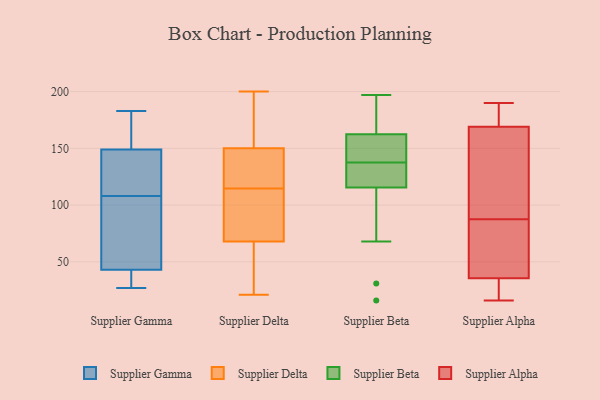
{"axis": {"x": "Waste Production (Tons)", "y": "Value"}, "legend": ["Supplier Alpha", "Supplier Beta", "Supplier Delta", "Supplier Gamma"], "data": [{"x": "", "y": 134, "type": "Supplier Gamma"}, {"x": "", "y": 29, "type": "Supplier Gamma"}, {"x": "", "y": 124, "type": "Supplier Gamma"}, {"x": "", "y": 27, "type": "Supplier Gamma"}, {"x": "", "y": 102, "type": "Supplier Gamma"}, {"x": "", "y": 32, "type": "Supplier Gamma"}, {"x": "", "y": 158, "type": "Supplier Gamma"}, {"x": "", "y": 103, "type": "Supplier Gamma"}, {"x": "", "y": 41, "type": "Supplier Gamma"}, {"x": "", "y": 158, "type": "Supplier Gamma"}, {"x": "", "y": 113, "type": "Supplier Gamma"}, {"x": "", "y": 183, "type": "Supplier Gamma"}, {"x": "", "y": 45, "type": "Supplier Gamma"}, {"x": "", "y": 96, "type": "Supplier Gamma"}, {"x": "", "y": 179, "type": "Supplier Gamma"}, {"x": "", "y": 140, "type": "Supplier Gamma"}, {"x": "", "y": 200, "type": "Supplier Delta"}, {"x": "", "y": 137, "type": "Supplier Delta"}, {"x": "", "y": 68, "type": "Supplier Delta"}, {"x": "", "y": 107, "type": "Supplier Delta"}, {"x": "", "y": 51, "type": "Supplier Delta"}, {"x": "", "y": 150, "type": "Supplier Delta"}, {"x": "", "y": 174, "type": "Supplier Delta"}, {"x": "", "y": 25, "type": "Supplier Delta"}, {"x": "", "y": 122, "type": "Supplier Delta"}, {"x": "", "y": 90, "type": "Supplier Delta"}, {"x": "", "y": 195, "type": "Supplier Delta"}, {"x": "", "y": 104, "type": "Supplier Delta"}, {"x": "", "y": 21, "type": "Supplier Delta"}, {"x": "", "y": 138, "type": "Supplier Delta"}, {"x": "", "y": 168, "type": "Supplier Beta"}, {"x": "", "y": 197, "type": "Supplier Beta"}, {"x": "", "y": 160, "type": "Supplier Beta"}, {"x": "", "y": 119, "type": "Supplier Beta"}, {"x": "", "y": 16, "type": "Supplier Beta"}, {"x": "", "y": 150, "type": "Supplier Beta"}, {"x": "", "y": 149, "type": "Supplier Beta"}, {"x": "", "y": 184, "type": "Supplier Beta"}, {"x": "", "y": 31, "type": "Supplier Beta"}, {"x": "", "y": 120, "type": "Supplier Beta"}, {"x": "", "y": 112, "type": "Supplier Beta"}, {"x": "", "y": 68, "type": "Supplier Beta"}, {"x": "", "y": 126, "type": "Supplier Beta"}, {"x": "", "y": 152, "type": "Supplier Beta"}, {"x": "", "y": 125, "type": "Supplier Beta"}, {"x": "", "y": 165, "type": "Supplier Beta"}, {"x": "", "y": 39, "type": "Supplier Alpha"}, {"x": "", "y": 32, "type": "Supplier Alpha"}, {"x": "", "y": 110, "type": "Supplier Alpha"}, {"x": "", "y": 25, "type": "Supplier Alpha"}, {"x": "", "y": 181, "type": "Supplier Alpha"}, {"x": "", "y": 183, "type": "Supplier Alpha"}, {"x": "", "y": 71, "type": "Supplier Alpha"}, {"x": "", "y": 76, "type": "Supplier Alpha"}, {"x": "", "y": 190, "type": "Supplier Alpha"}, {"x": "", "y": 76, "type": "Supplier Alpha"}, {"x": "", "y": 183, "type": "Supplier Alpha"}, {"x": "", "y": 19, "type": "Supplier Alpha"}, {"x": "", "y": 182, "type": "Supplier Alpha"}, {"x": "", "y": 23, "type": "Supplier Alpha"}, {"x": "", "y": 82, "type": "Supplier Alpha"}, {"x": "", "y": 93, "type": "Supplier Alpha"}, {"x": "", "y": 16, "type": "Supplier Alpha"}, {"x": "", "y": 144, "type": "Supplier Alpha"}, {"x": "", "y": 156, "type": "Supplier Alpha"}, {"x": "", "y": 157, "type": "Supplier Alpha"}]}